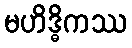
မဟိဒ္ဓိကဿ